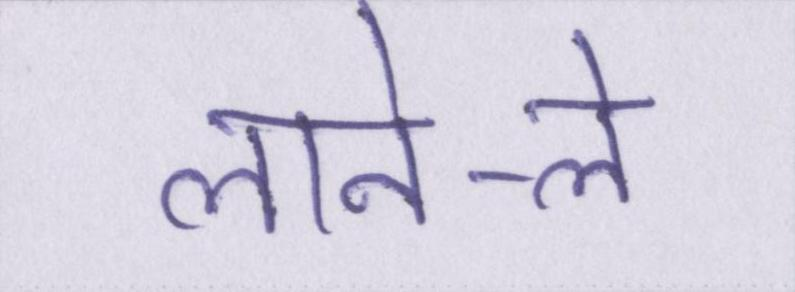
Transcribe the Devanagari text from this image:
लाने-ले